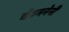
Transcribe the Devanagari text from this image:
चेन्नमनेनी